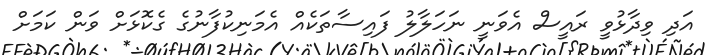
އަދި ވިދާޅުވީ ރައީސް އެވަނީ ނަހަލާލު ފައިސާތަކެއް އެމަނިކުފާނުގެ ގެކޮޅަށް ވަން ކަމަށް